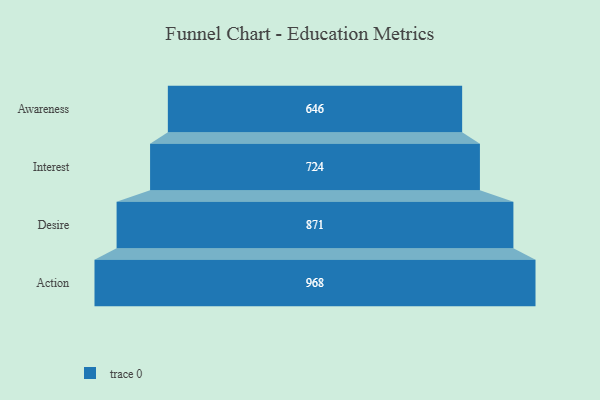
{"axis": {"x": "Stage", "y": "Value"}, "legend": [""], "data": [{"x": "Awareness", "y": 646.0, "type": ""}, {"x": "Interest", "y": 724.0, "type": ""}, {"x": "Desire", "y": 871.0, "type": ""}, {"x": "Action", "y": 968.0, "type": ""}]}